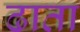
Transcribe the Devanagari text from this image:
ढाता